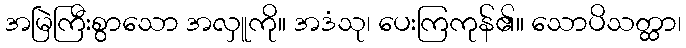
အမြဲကြီးစွာသော အလှူကို။ အဒံသု၊ ပေးကြကုန်၏။ သောပိသတ္ထာ၊